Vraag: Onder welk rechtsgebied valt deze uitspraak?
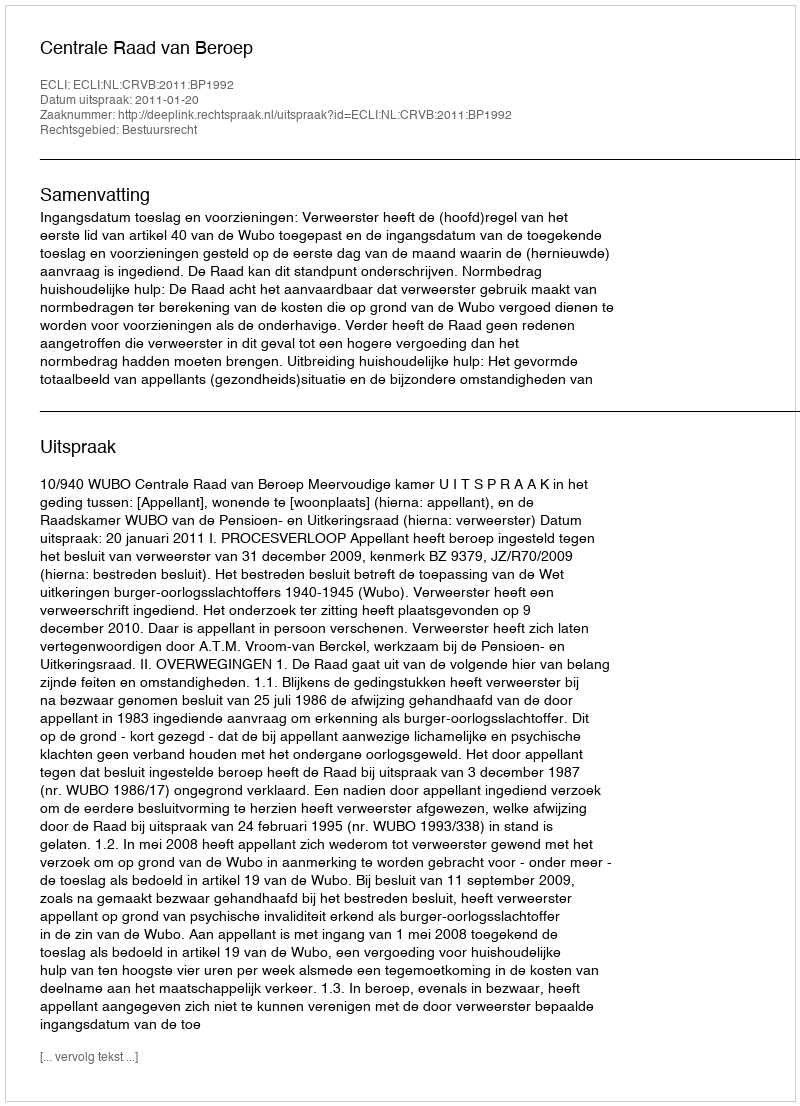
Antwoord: Bestuursrecht